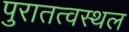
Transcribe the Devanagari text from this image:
पुरातत्वस्थल